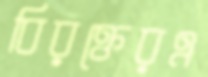
বিরক্তেরএ